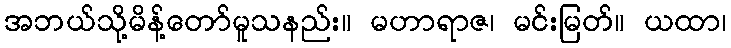
အဘယ်သို့မိန့်တော်မူသနည်း။ မဟာရာဇ၊ မင်းမြတ်။ ယထာ၊